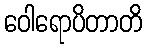
ဝေါရောပိတာတိ